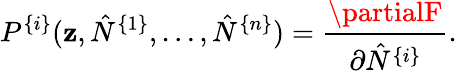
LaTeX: P^{\{ i\} }(\mathbf{z},\hat{{N}}^{\{ 1\} },\ldots,\hat{{N}}^{\{ n\} })=\frac{{\partialF}}{{\partial\hat{{N}}^{\{ i\} }}}.